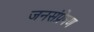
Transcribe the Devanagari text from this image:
जनसंप्रेषण